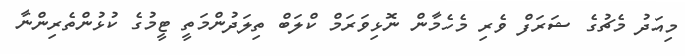
މިއަދު މެޗުގެ ޝަރަފް ވެރި މެހެމާން ނޮޅިވަރަމް ކްލަބް ތިލަދުންމަތީ ޓީމުގެ ކުޅުންތެރިންނާ